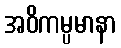
အဝိကမ္ပမာနာ